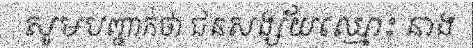
សូមបញ្ជាក់ថា ជនសង្ស័យឈ្មោះ នាង